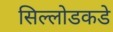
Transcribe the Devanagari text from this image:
सिल्लोडकडे